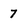
Character: 7